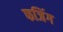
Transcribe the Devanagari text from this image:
फजिंग